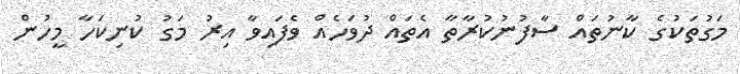
މަގުތަކުގެ ކާނުތައް ސާފުނުކުރާތާ އެތައް ދުވަހެއް ވެފައިވާ އިރު މަގު ކުނިކަހާ މީހުން